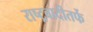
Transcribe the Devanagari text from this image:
राष्ट्रवादीतर्फे